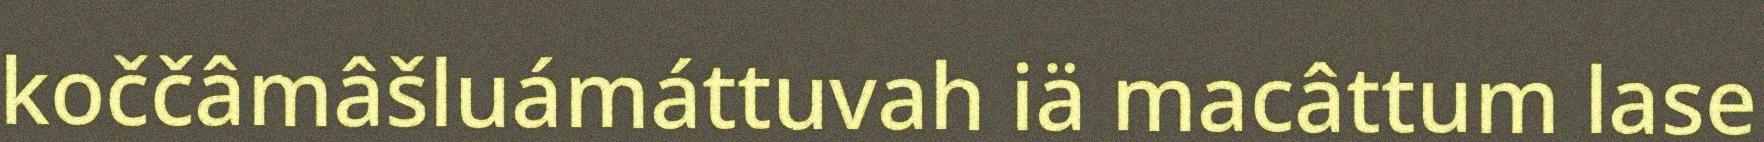
koččâmâšluámáttuvah iä macâttum lase